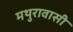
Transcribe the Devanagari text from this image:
मथुरावासी